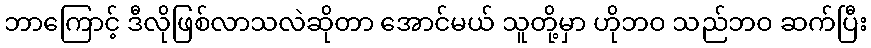
ဘာကြောင့် ဒီလိုဖြစ်လာသလဲဆိုတာ အောင်မယ် သူတို့မှာ ဟိုဘဝ သည်ဘဝ ဆက်ပြီး